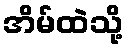
အိမ်ထဲသို့